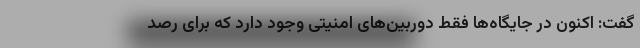
گفت: اکنون در جایگاه‌ها فقط دوربین‌های امنیتی وجود دارد که برای رصد